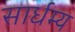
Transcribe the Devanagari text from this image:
सार्धम्य